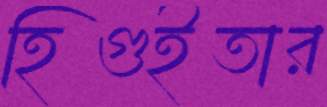
হিগুইতার